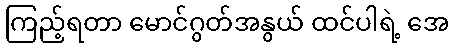
ကြည့်ရတာ မောင်ဂွတ်အနွယ် ထင်ပါရဲ့ အေ